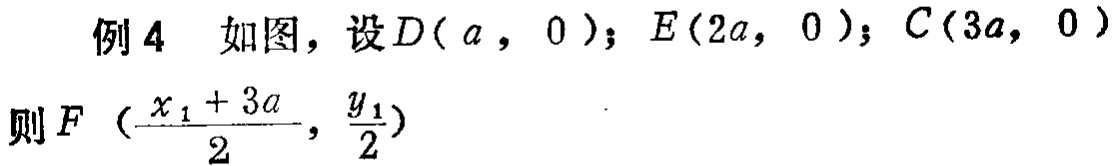
例4 如图，设\(D(a,0)\)；\(E(2a,0)\)；\(C(3a,0)\)
则\(F(\frac{x_1 + 3a}{2},\frac{y_1}{2})\)